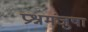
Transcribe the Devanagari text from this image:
प्रश्नमंजुषा